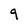
Character: 9